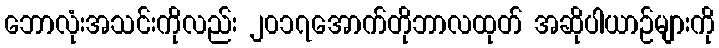
ဘောလုံးအသင်းကိုလည်း ၂၀၁၇အောက်တိုဘာလထုတ် အဆိုပါယာဉ်များကို